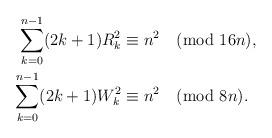
LaTeX: \begin{align*}\sum_{k=0}^{n-1}(2k+1)R_k^2 &\equiv n^2 \pmod{16n}, \\\sum_{k=0}^{n-1}(2k+1)W_k^2 &\equiv n^2 \pmod{8n}.\end{align*}